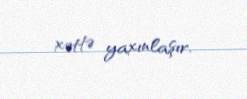
xəttə yaxınlaşır.